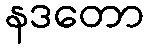
နဒတော